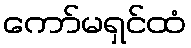
ကော်မရှင်ထံ